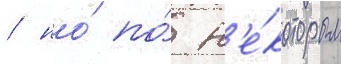
/ но́ по́ н'е́которым